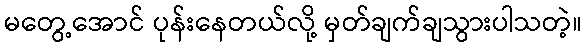
မတွေ့အောင် ပုန်းနေတယ်လို့ မှတ်ချက်ချသွားပါသတဲ့။